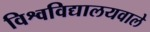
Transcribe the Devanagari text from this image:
विश्वविद्यालयवाले